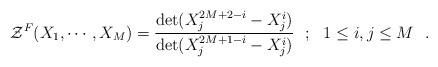
\begin{align*}{\cal{Z}}^{F}(X_1, \cdots, X_M) = {\det(X_j^{2M+2-i}-X_j^{i})\over \det (X_j^{2M+1-i}-X_j^{i})} ~~ ; ~~ 1 \le i,j \le M \,\,\,\,.\end{align*}